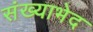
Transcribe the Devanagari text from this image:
संख्याभेद